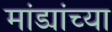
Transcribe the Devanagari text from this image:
मांड्यांच्या